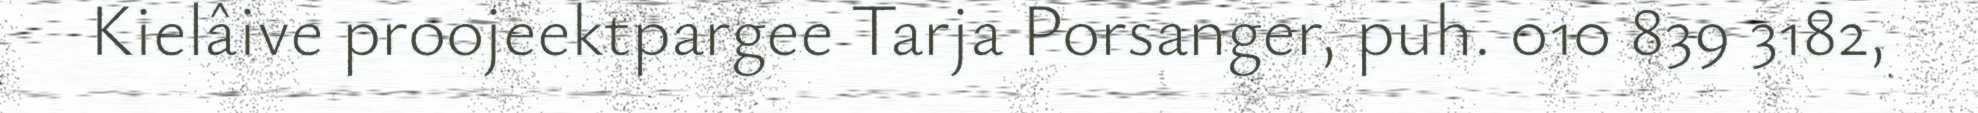
Kielâive proojeektpargee Tarja Porsanger, puh. 010 839 3182,